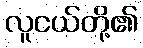
လူငယ်တို့၏